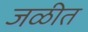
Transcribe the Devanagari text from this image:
जळीत